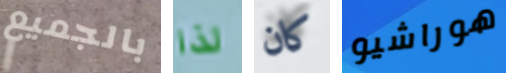
بالجميع لذا كان هوراشيو